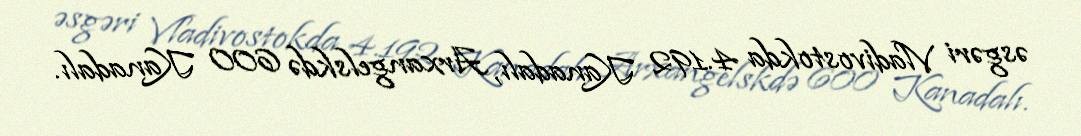
əsgəri Vladivostokda 4.192 Kanadalı, Arxangelskdə 600 Kanadalı.